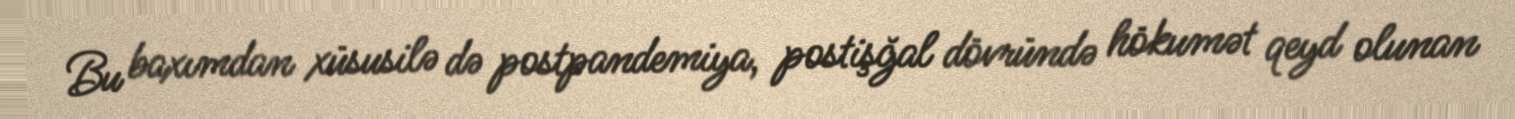
Bu baxımdan xüsusilə də postpandemiya, postişğal dövründə hökumət qeyd olunan